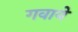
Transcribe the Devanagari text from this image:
गवाये